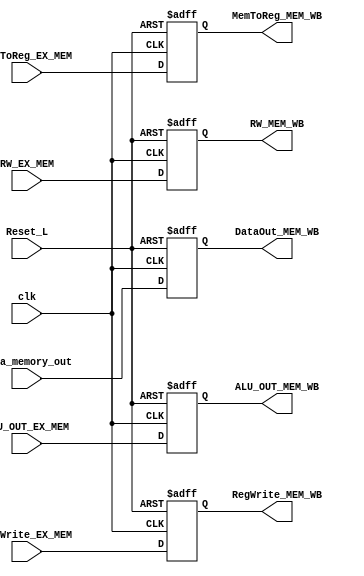
`timescale 1ns / 1ps
//////////////////////////////////////////////////////////////////////////////////
// Company: 
// Engineer: 
// 
// Design Name: 
// Module Name: MEM_WB_Reg
// Project Name: 
// Target Devices: 
// Tool Versions: 
// Description: 
// 
// Dependencies: 
// 
// Revision:
// Revision 0.01 - File Created
// Additional Comments:
// 
//////////////////////////////////////////////////////////////////////////////////


module MEM_WB_Reg(
    input clk,
    input Reset_L,
    input MemToReg_EX_MEM,
    input RegWrite_EX_MEM,
    input [4:0] RW_EX_MEM,
    input [31:0] Data_memory_out,
    input [31:0] ALU_OUT_EX_MEM,
    //Outputs
    output reg MemToReg_MEM_WB,
    output reg RegWrite_MEM_WB,
    output reg [4:0] RW_MEM_WB,
    output reg [31:0] DataOut_MEM_WB,
    output reg [31:0] ALU_OUT_MEM_WB   
    );
    
    always @(negedge clk or negedge Reset_L)begin 
        if (~Reset_L)begin
            MemToReg_MEM_WB <=1'b0;
            RegWrite_MEM_WB <=1'b0;
            RW_MEM_WB       <=5'b0;
            DataOut_MEM_WB  <=32'b0;
            ALU_OUT_MEM_WB  <=32'b0; 
        end 
        else begin 
            MemToReg_MEM_WB <=MemToReg_EX_MEM;
            RegWrite_MEM_WB <=RegWrite_EX_MEM;
            RW_MEM_WB       <=RW_EX_MEM;
            DataOut_MEM_WB  <=Data_memory_out;
            ALU_OUT_MEM_WB  <=ALU_OUT_EX_MEM; 
        end 
    end     
endmodule